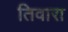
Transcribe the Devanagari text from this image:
तिवारा